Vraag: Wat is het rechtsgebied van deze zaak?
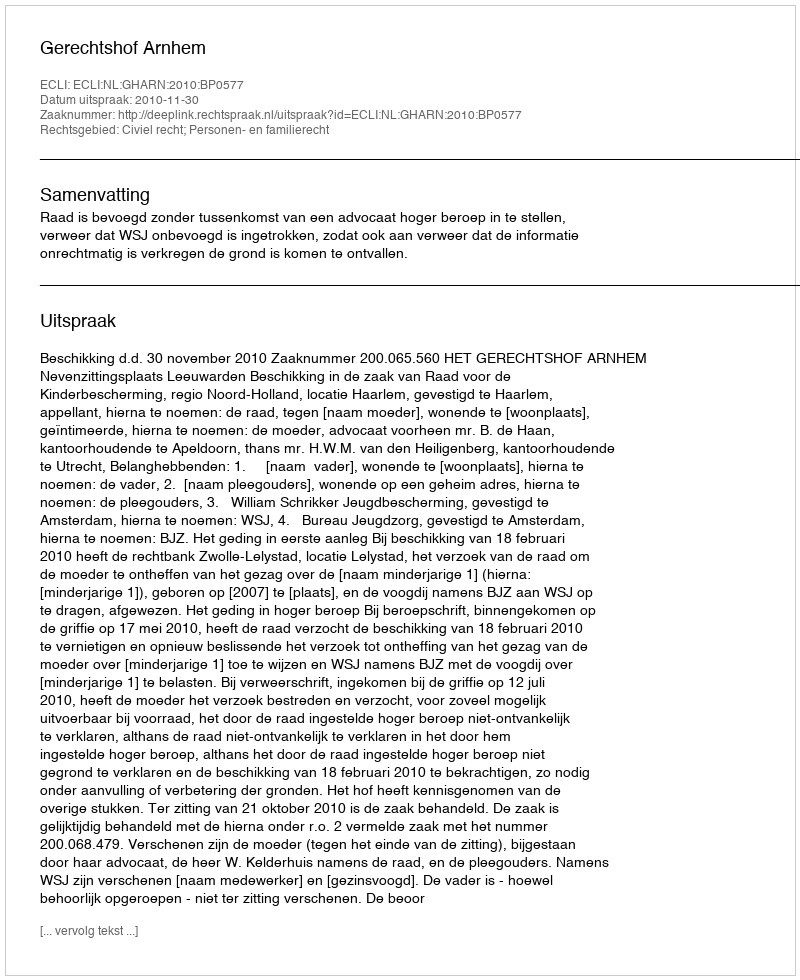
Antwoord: Civiel recht; Personen- en familierecht